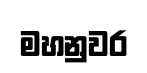
මහනුවර